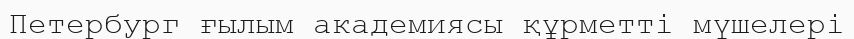
Петербург ғылым академиясы құрметті мүшелері